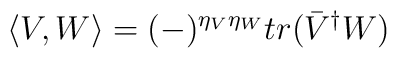
\left\langle V,W\right\rangle =(-)^{\eta _{V}\eta _{W}}tr(\bar{V}^{\dagger}W)